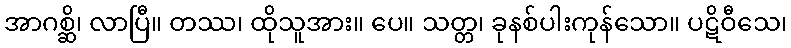
အာဂစ္ဆိ၊ လာပြီ။ တဿ၊ ထိုသူအား။ ပေ။ သတ္တ၊ ခုနစ်ပါးကုန်သော။ ပဋိဝီသေ၊